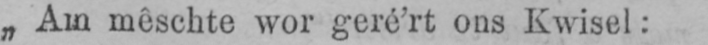
„Am mêschte wor geré’rt ons Kwisel: